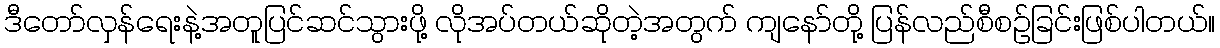
ဒီတော်လှန်ရေးနဲ့အတူပြင်ဆင်သွားဖို့ လိုအပ်တယ်ဆိုတဲ့အတွက် ကျနော်တို့ ပြန်လည်စီစဉ်ခြင်းဖြစ်ပါတယ်။